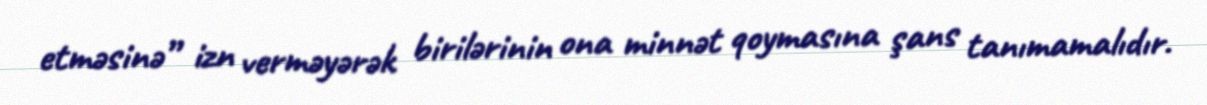
etməsinə” izn verməyərək birilərinin ona minnət qoymasına şans tanımamalıdır.